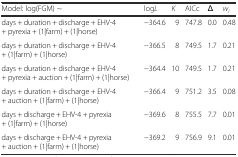
| Model: log(FGM) ~ | logL | K | AICc | Δ | wi |
 | --- | --- | --- | --- | --- | --- |
 | days + duration + discharge + EHV-4 + pyrexia + (1|farm) + (1|horse) | −364.6 | 9 | 747.8 | 0.0 | 0.48 |
 | days + duration + discharge + EHV-4 + (1|farm) + (1|horse) | −366.5 | 8 | 749.5 | 1.7 | 0.21 |
 | days + duration + discharge + EHV-4 + pyrexia + auction + (1|farm) + (1|horse) | −364.4 | 10 | 749.5 | 1.7 | 0.21 |
 | days + duration + discharge + EHV-4 + auction + (1|farm) + (1|horse) | −366.4 | 9 | 751.2 | 3.5 | 0.08 |
 | days + discharge + EHV-4 + pyrexia + (1|farm) + (1|horse) | −369.6 | 8 | 755.5 | 7.7 | 0.01 |
 | days + discharge + EHV-4 + pyrexia + auction + (1|farm) + (1|horse) | −369.2 | 9 | 756.9 | 9.1 | 0.01 |